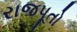
રાજપૂતો